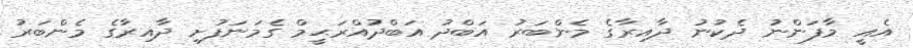
އެއީ މާފަންނު ދެކުނު ދާއިރާގެ މެންބަރު އަބްދު އަބްދުއްރަޙީމް ގެމަނަފުށި ދާއިރާގެ މެންބަރު